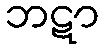
ဘဋာ